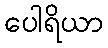
ပေါရိယာ